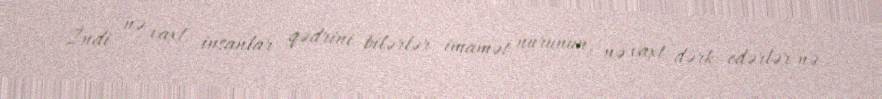
İndi nə vaxt insanlar qədrini bilərlər imamət nurunun, nə vaxt dərk edərlər nə